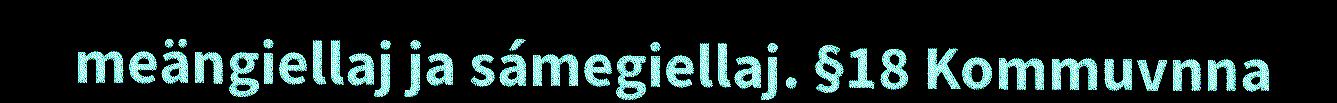
meängiellaj ja sámegiellaj. §18 Kommuvnna